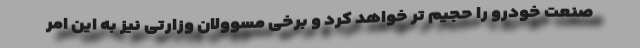
صنعت خودرو را حجیم تر خواهد کرد و برخی مسوولان وزارتی نیز به این امر